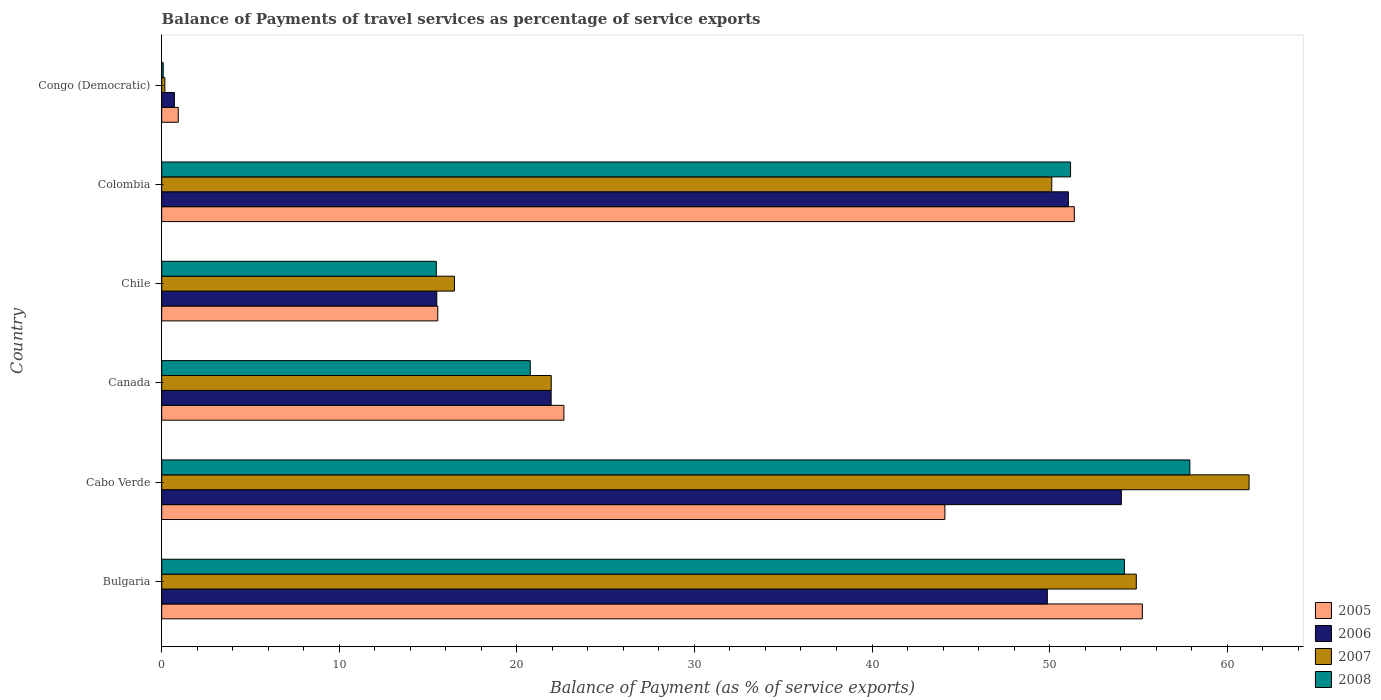
| Country | 2005 | 2006 | 2007 | 2008 |
 | --- | --- | --- | --- | --- |
 | Bulgaria | 55.2 | 49.9 | 54.9 | 54.2 |
 | Cabo Verde | 44.1 | 54 | 61.2 | 57.9 |
 | Canada | 22.6 | 21.9 | 21.9 | 20.8 |
 | Chile | 15.5 | 15.5 | 16.5 | 15.5 |
 | Colombia | 51.4 | 51.1 | 50.1 | 51.2 |
 | Congo (Democratic) | 0.932 | 0.716 | 0.178 | 0.0845 |